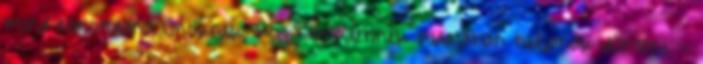
mind elmondaná Önöknek, hogy mindennek tudatában tudjanak dönteni. -